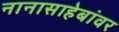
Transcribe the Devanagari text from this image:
नानासाहेबांवर